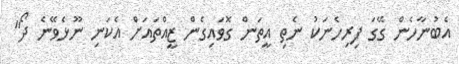
އެބުނާހެން ގޭގަ ފިރިހެނަކު ނެތި އީތަން ގޮވައިގެން ޒީއްތައަށް އެކަނި ނޫޅެވޭނެ ދޯ"